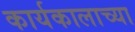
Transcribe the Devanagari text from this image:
कार्यकालाच्या